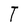
Character: T